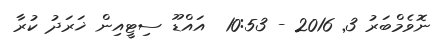
ނޮވެމްބަރު 3